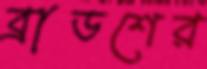
ব্রাডশের